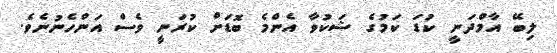
ލިބޭ އާމްދަނީ ކުޑަ ކަމުގެ ޝަކުވާ އެންމެ ބޮޑަށް ކުރަނީ ވެސް އަންހެނުނެވެ.